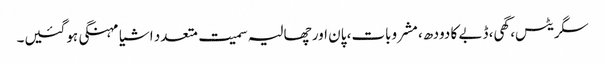
سگریٹس، گھی، ڈبے کا دودھ، مشروبات، پان اور چھالیہ سمیت متعدد اشیا مہنگی ہوگئیں۔